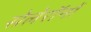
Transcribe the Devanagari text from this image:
सेलेरॉनों